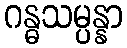
ဂန္ဓသမ္ပန္နာ